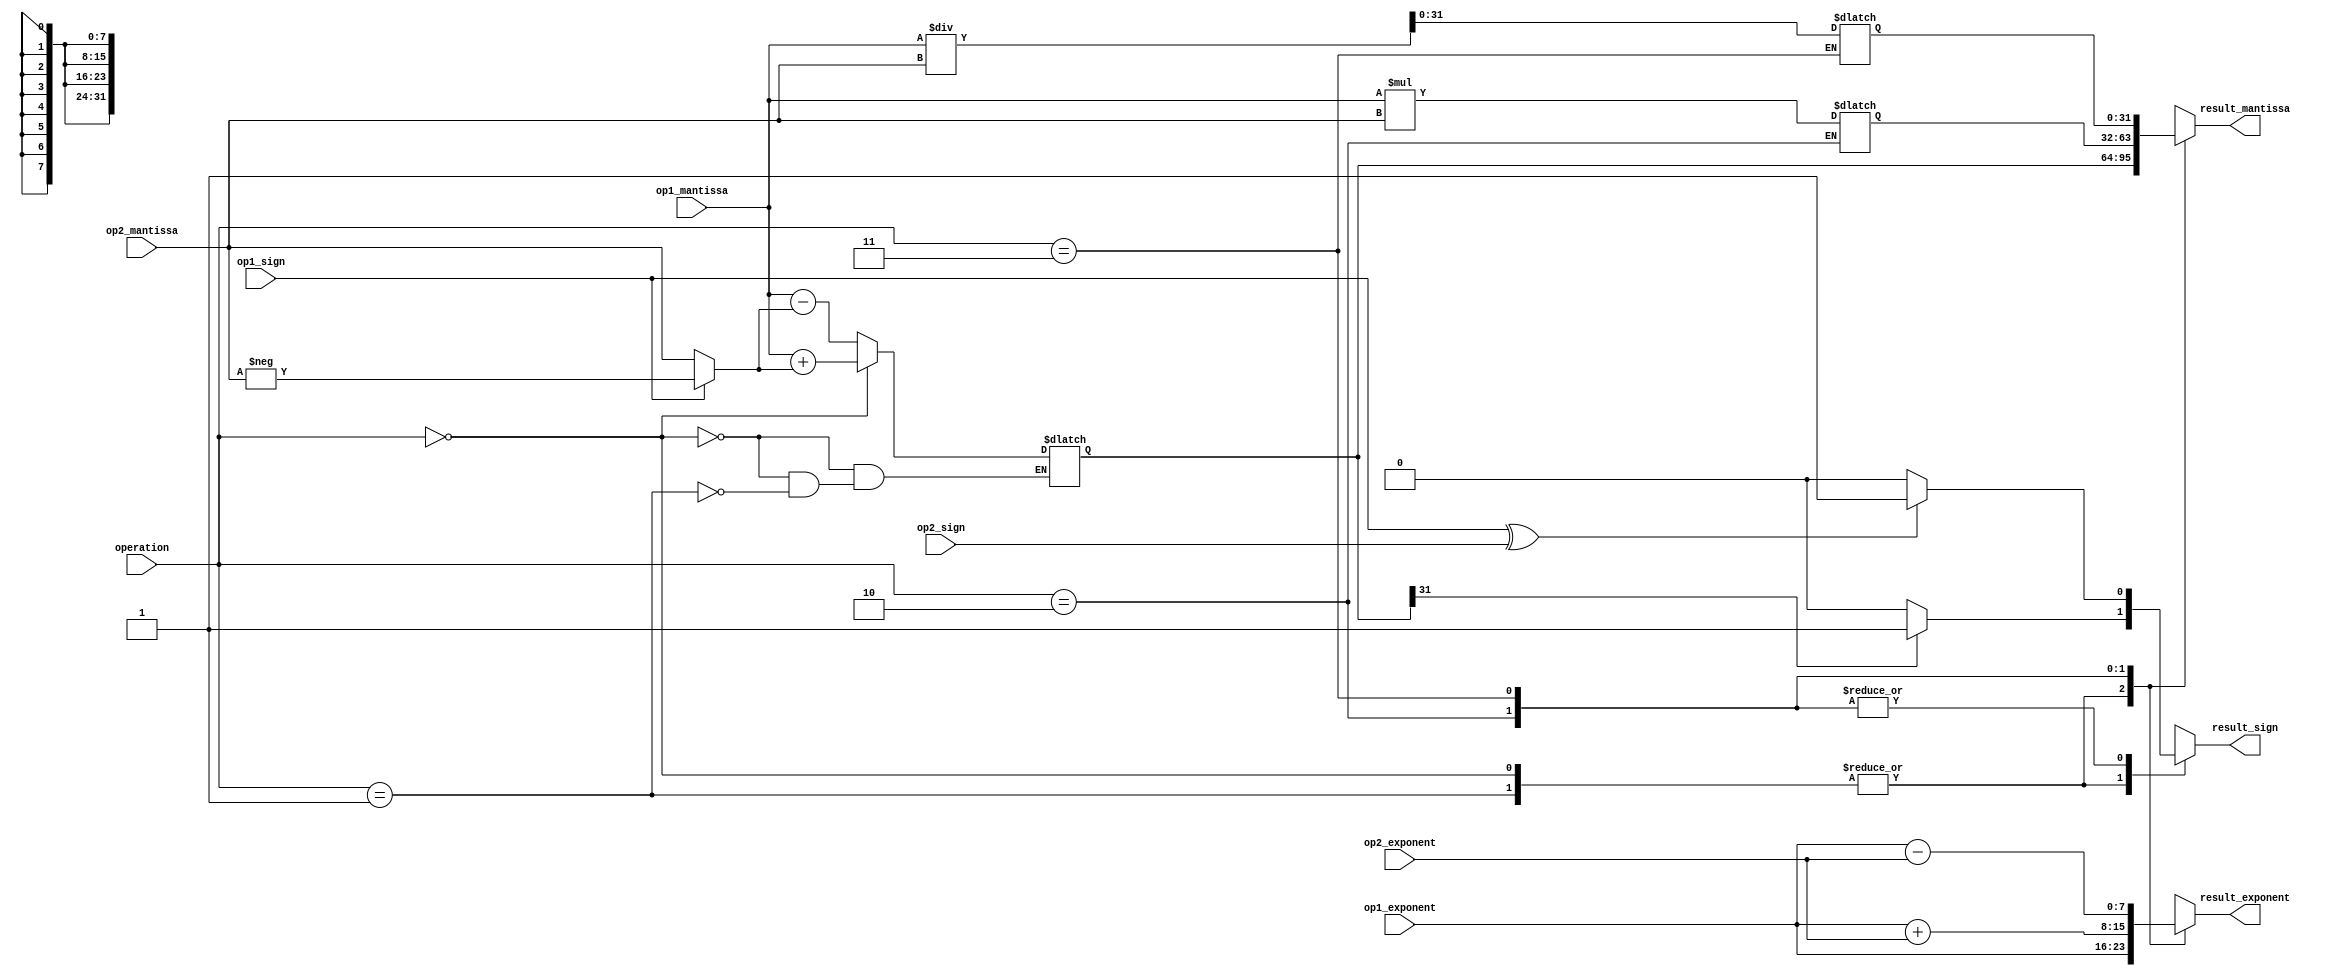
module floating_point_unit (
    input [31:0] op1_mantissa,
    input [7:0] op1_exponent,
    input op1_sign,
    input [31:0] op2_mantissa,
    input [7:0] op2_exponent,
    input op2_sign,
    input [1:0] operation,
    output reg [31:0] result_mantissa,
    output reg [7:0] result_exponent,
    output reg result_sign
);

// Adder/Subtractor
reg [31:0] adder_out;
always @(*)
begin
    if(operation == 2'b00) // Add
        adder_out = op1_mantissa + (op1_sign ? -op2_mantissa : op2_mantissa);
    else if(operation == 2'b01) // Subtract
        adder_out = op1_mantissa - (op1_sign ? -op2_mantissa : op2_mantissa);
end

// Multiplier
reg [63:0] multiplier_out;
always @(*)
begin
    if(operation == 2'b10) // Multiply
        multiplier_out = op1_mantissa * op2_mantissa;
end

// Divider
reg [63:0] divider_out;
always @(*)
begin
    if(operation == 2'b11) // Divide
        divider_out = op1_mantissa / op2_mantissa;
end

// Other necessary components such as shifters and registers can be implemented here

// Output result in desired format
always @(*)
begin
    case(operation)
        2'b00: // Add
        begin
            result_mantissa = adder_out[31:0];
            result_exponent = op1_exponent;
            result_sign = adder_out[31] ? 1'b1 : 1'b0;
        end
        2'b01: // Subtract
        begin
            result_mantissa = adder_out[31:0];
            result_exponent = op1_exponent;
            result_sign = adder_out[31] ? 1'b1 : 1'b0;
        end
        2'b10: // Multiply
        begin
            result_mantissa = multiplier_out[31:0];
            result_exponent = op1_exponent + op2_exponent;
            result_sign = (op1_sign ^ op2_sign) ? 1'b1 : 1'b0;
        end
        2'b11: // Divide
        begin
            result_mantissa = divider_out[31:0];
            result_exponent = op1_exponent - op2_exponent;
            result_sign = (op1_sign ^ op2_sign) ? 1'b1 : 1'b0;
        end
    endcase
end

endmodule